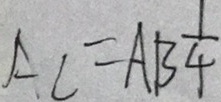
A C = A B \frac { 1 } { 4 }